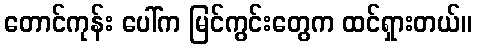
တောင်ကုန်း ပေါ်က မြင်ကွင်းတွေက ထင်ရှားတယ်။